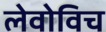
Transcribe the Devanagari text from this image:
लेवोविच